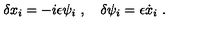
\delta x _ { i } = - i \epsilon \psi _ { i } \ , \quad \delta \psi _ { i } = \epsilon { \dot { x } } _ { i } \ .